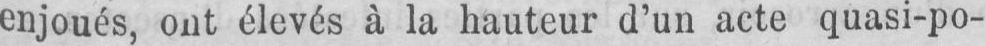
enjoués, ont élevés à la hauteur d’un acte quasi-po-